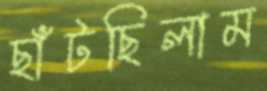
ছাঁটছিলাম